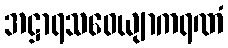
အဋ္ဌာရသဝေယျာကရဏံ